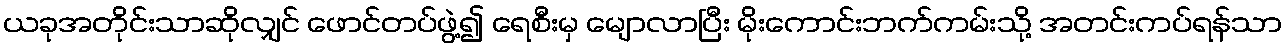
ယခုအတိုင်းသာဆိုလျှင် ဖောင်တပ်ဖွဲ့၍ ရေစီးမှ မျောလာပြီး မိုးကောင်းဘက်ကမ်းသို့ အတင်းကပ်ရန်သာ